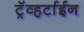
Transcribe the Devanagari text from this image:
ट्रॅव्हर्टाईन